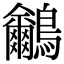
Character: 𪈕